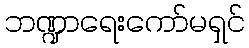
ဘဏ္ဍာရေးကော်မရှင်